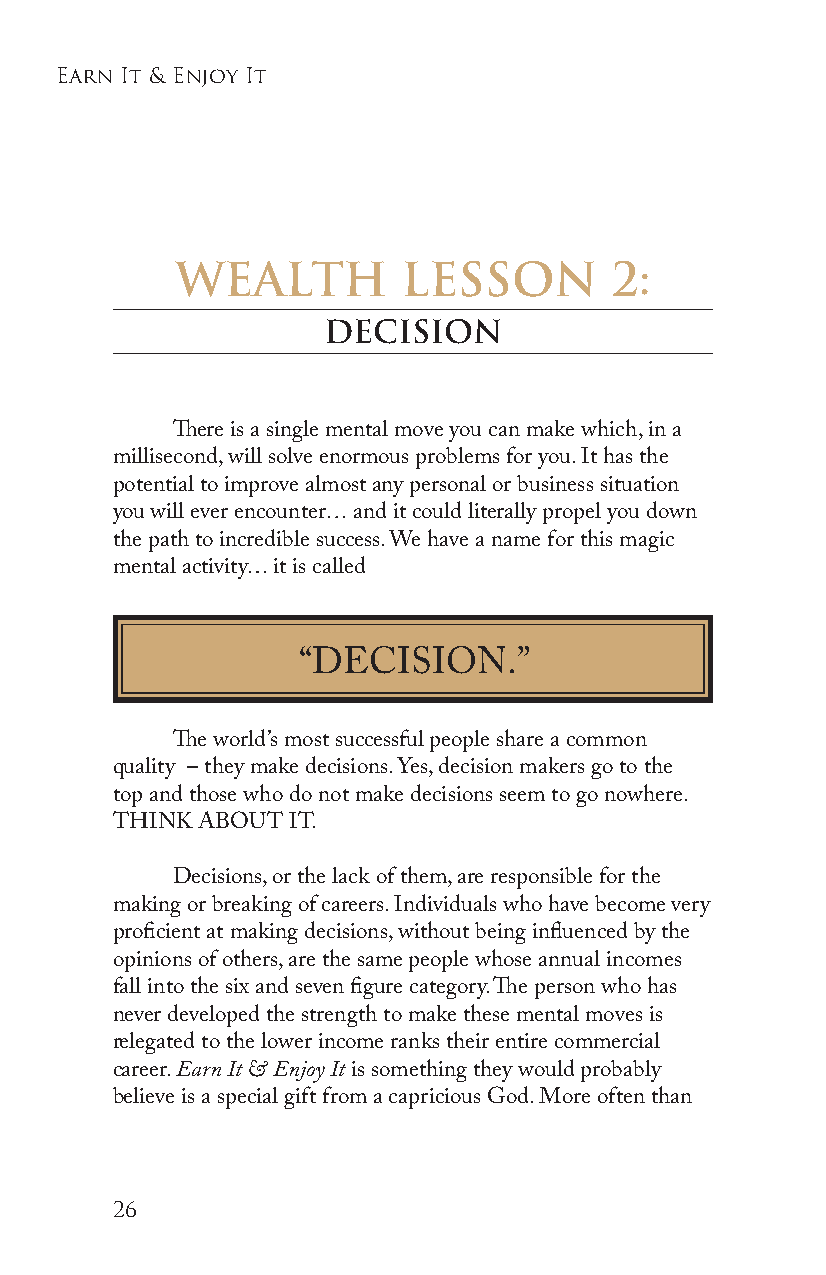
earn it & enjoy it
 WEALTH         LESSON       2:
 DECISION
 There is a single mental move you can make which, in a
 millisecond, will solve enormous problems for you. It has the
 potential to improve almost any personal or business situation
 you will ever encounter… and it could literally propel you down
 the path to incredible success. We have a name for this magic
 mental activity… it is called
 “DECISION.”
 The world’s most successful people share a common
 quality – they make decisions. Yes, decision makers go to the
 top and those who do not make decisions seem to go nowhere.
 THINK ABOUT IT.
 Decisions, or the lack of them, are responsible for the
 making or breaking of careers. Individuals who have become very
 proficient at making decisions, without being influenced by the
 opinions of others, are the same people whose annual incomes
 fall into the six and seven figure category. The person who has
 never developed the strength to make these mental moves is
 relegated to the lower income ranks their entire commercial
 career. Earn It & Enjoy It is something they would probably
 believe is a special gift from a capricious God. More often than
 26